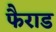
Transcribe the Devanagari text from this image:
फैराड